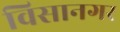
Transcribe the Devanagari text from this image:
विसानगर